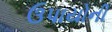
ઉપાયોની